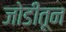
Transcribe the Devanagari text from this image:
जोडीतून